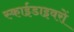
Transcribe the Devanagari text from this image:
स्काईडाइवरों